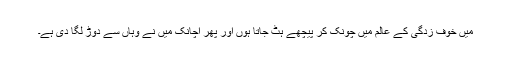
میں خوف زدگی کے عالم میں چونک کر پیچھے ہٹ جاتا ہوں اور پھر اچانک میں نے وہاں سے دوڑ لگا دی ہے۔